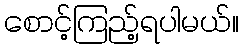
စောင့်ကြည့်ရပါမယ်။